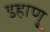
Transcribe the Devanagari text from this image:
डहाणु